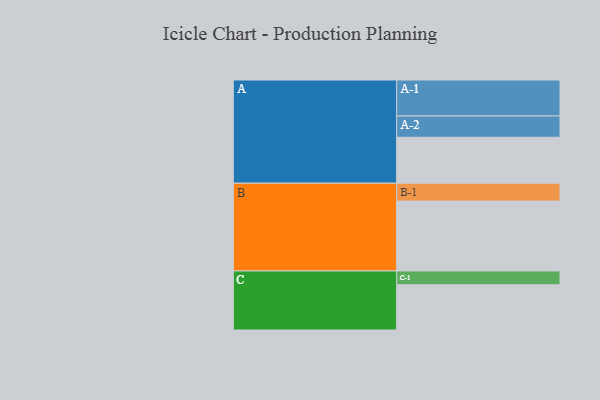
{"axis": {"x": "Segment", "y": "Value"}, "legend": ["", "A", "B", "C"], "data": [{"x": "A", "y": 309, "type": ""}, {"x": "B", "y": 470, "type": ""}, {"x": "C", "y": 304, "type": ""}, {"x": "A-1", "y": 242, "type": "A"}, {"x": "A-2", "y": 143, "type": "A"}, {"x": "B-1", "y": 120, "type": "B"}, {"x": "C-1", "y": 93, "type": "C"}]}